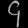
Digit: ၄